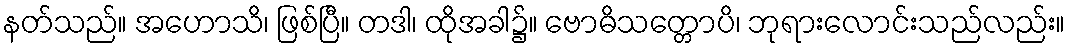
နတ်သည်။ အဟောသိ၊ ဖြစ်ပြီ။ တဒါ၊ ထိုအခါ၌။ ဗောဓိသတ္တောပိ၊ ဘုရားလောင်းသည်လည်း။